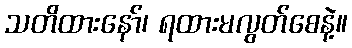
သတိထားနော်၊ ရထားမလွတ်စေနဲ့။